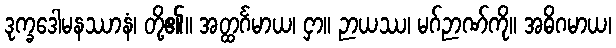
ဒုက္ခဒေါမနဿာနံ၊ တို့၏။ အတ္ထင်္ဂမာယ၊ ငှာ။ ဉာယဿ၊ မဂ်ဉာဏ်ကို။ အဓိဂမာယ၊